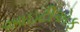
આઇટીએફ